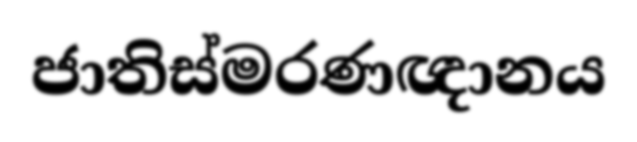
ජාතිස්මරණඥානය